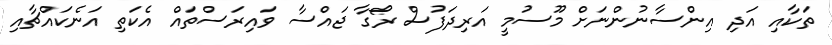
ތަކާއި އަދި އިންސާނުންނަށް މޫސުމީ އަރިދަފުސް ރޯގާ ޖައްސާ ވައިރަސްތައް އެކަަތި އަނެކައްޗާއި